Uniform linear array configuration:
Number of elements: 12
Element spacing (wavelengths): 0.25
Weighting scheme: hann
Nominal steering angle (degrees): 60
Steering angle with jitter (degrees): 59.997
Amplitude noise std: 0.05
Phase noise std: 0.05

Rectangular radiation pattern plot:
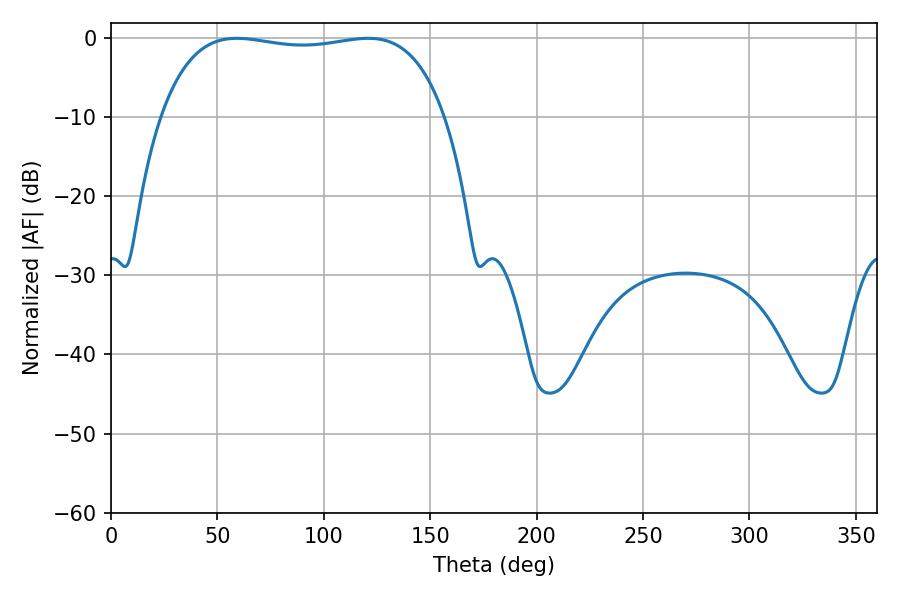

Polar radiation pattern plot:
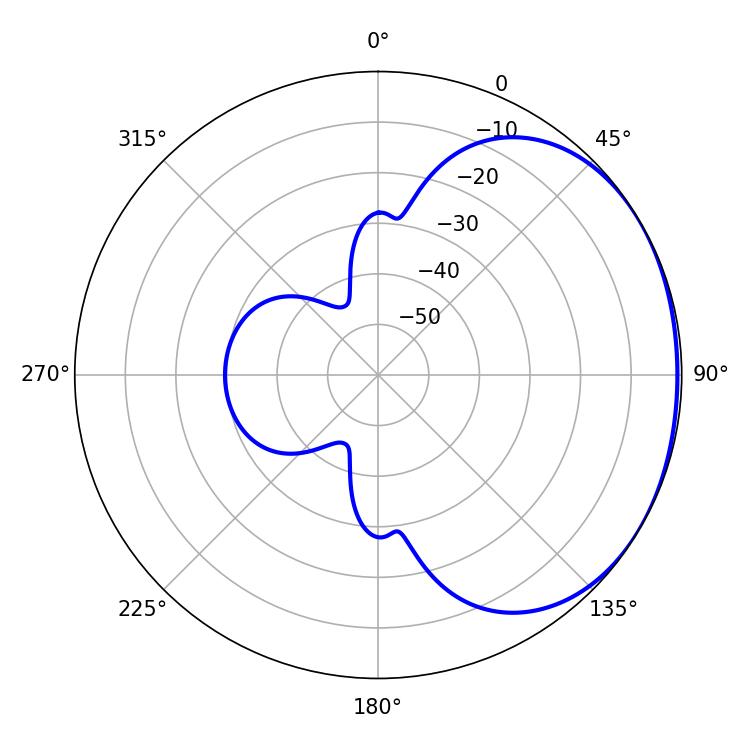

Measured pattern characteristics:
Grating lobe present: FALSE
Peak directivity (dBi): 1.287
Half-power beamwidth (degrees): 106.92
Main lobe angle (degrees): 59.04